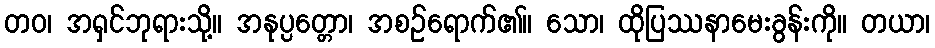
တဝ၊ အရှင်ဘုရားသို့။ အနုပ္ပတ္တော၊ အစဉ်ရောက်၏။ သော၊ ထိုပြဿနာမေးခွန်းကို။ တယာ၊